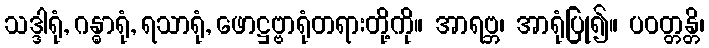
သဒ္ဒါရုံ, ဂန္ဓာရုံ, ရသာရုံ, ဖောဋ္ဌဗ္ဗာရုံတရားတို့ကို။ အာရဗ္ဘ၊ အာရုံပြု၍။ ပဝတ္တန္တိ၊